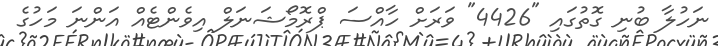
ނަހުލާ ބުނި ގޮތުގައި "4426" ވަރަށް ހާއްސަ ޕްރޮމޯޝަނަލް އިވެންޓެއް އަންނަ މަހުގެ